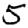
Digit: 5